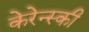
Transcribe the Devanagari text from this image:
केरेन्स्की